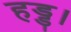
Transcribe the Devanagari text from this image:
हड्ड।